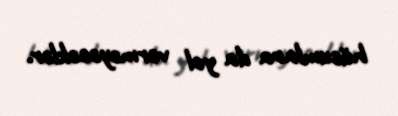
hücumlara da yol verməyəcəklər.